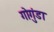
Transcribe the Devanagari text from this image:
गोगुंडा